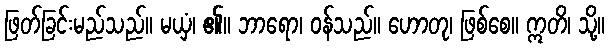
ဖြတ်ခြင်းမည်သည်။ မယှံ၊ ၏။ ဘာရော၊ ဝန်သည်။ ဟောတု၊ ဖြစ်စေ။ ဣတိ၊ သို့။